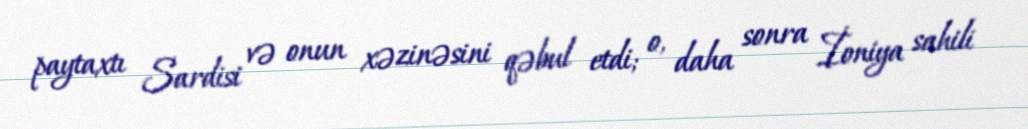
paytaxtı Sardisi və onun xəzinəsini qəbul etdi; o, daha sonra İoniya sahili